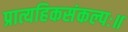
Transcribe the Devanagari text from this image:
प्रात्यहिकसंकल्पः॥